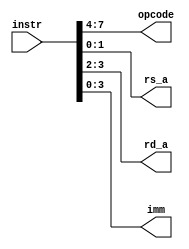
module decoder(instr, opcode, rs_a, rd_a, imm);
    input [7:0] instr;
    output [3:0] opcode;
    output [1:0] rs_a, rd_a;
    output [3:0] imm;

    assign opcode = instr[7:4];
    assign rd_a = instr[3:2];
    assign rs_a = instr[1:0];
    assign imm = instr[3:0];
endmodule